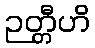
ဉတ္တီဟိ